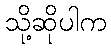
သို့ဆိုပါက